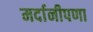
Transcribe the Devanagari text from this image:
मर्दानीपणा